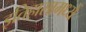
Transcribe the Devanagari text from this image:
इतिहासामध्यें